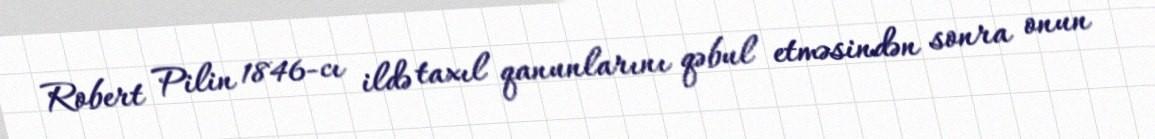
Robert Pilin 1846-cı ildə taxıl qanunlarını qəbul etməsindən sonra onun